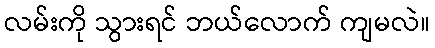
လမ်းကို သွားရင် ဘယ်လောက် ကျမလဲ။